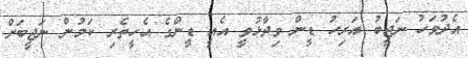
އެދުވަހު ނަޖީބު އަރިހު ޑީން ވިދާޅުވީ އެއީ ޑީންގެ އެހީތެރި ކަމުން ނަޖީބަށް